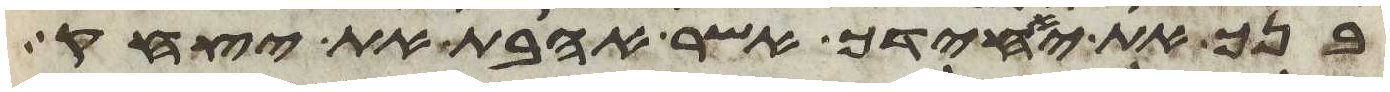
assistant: בנך את יחידך אשר אהבת את יצחק